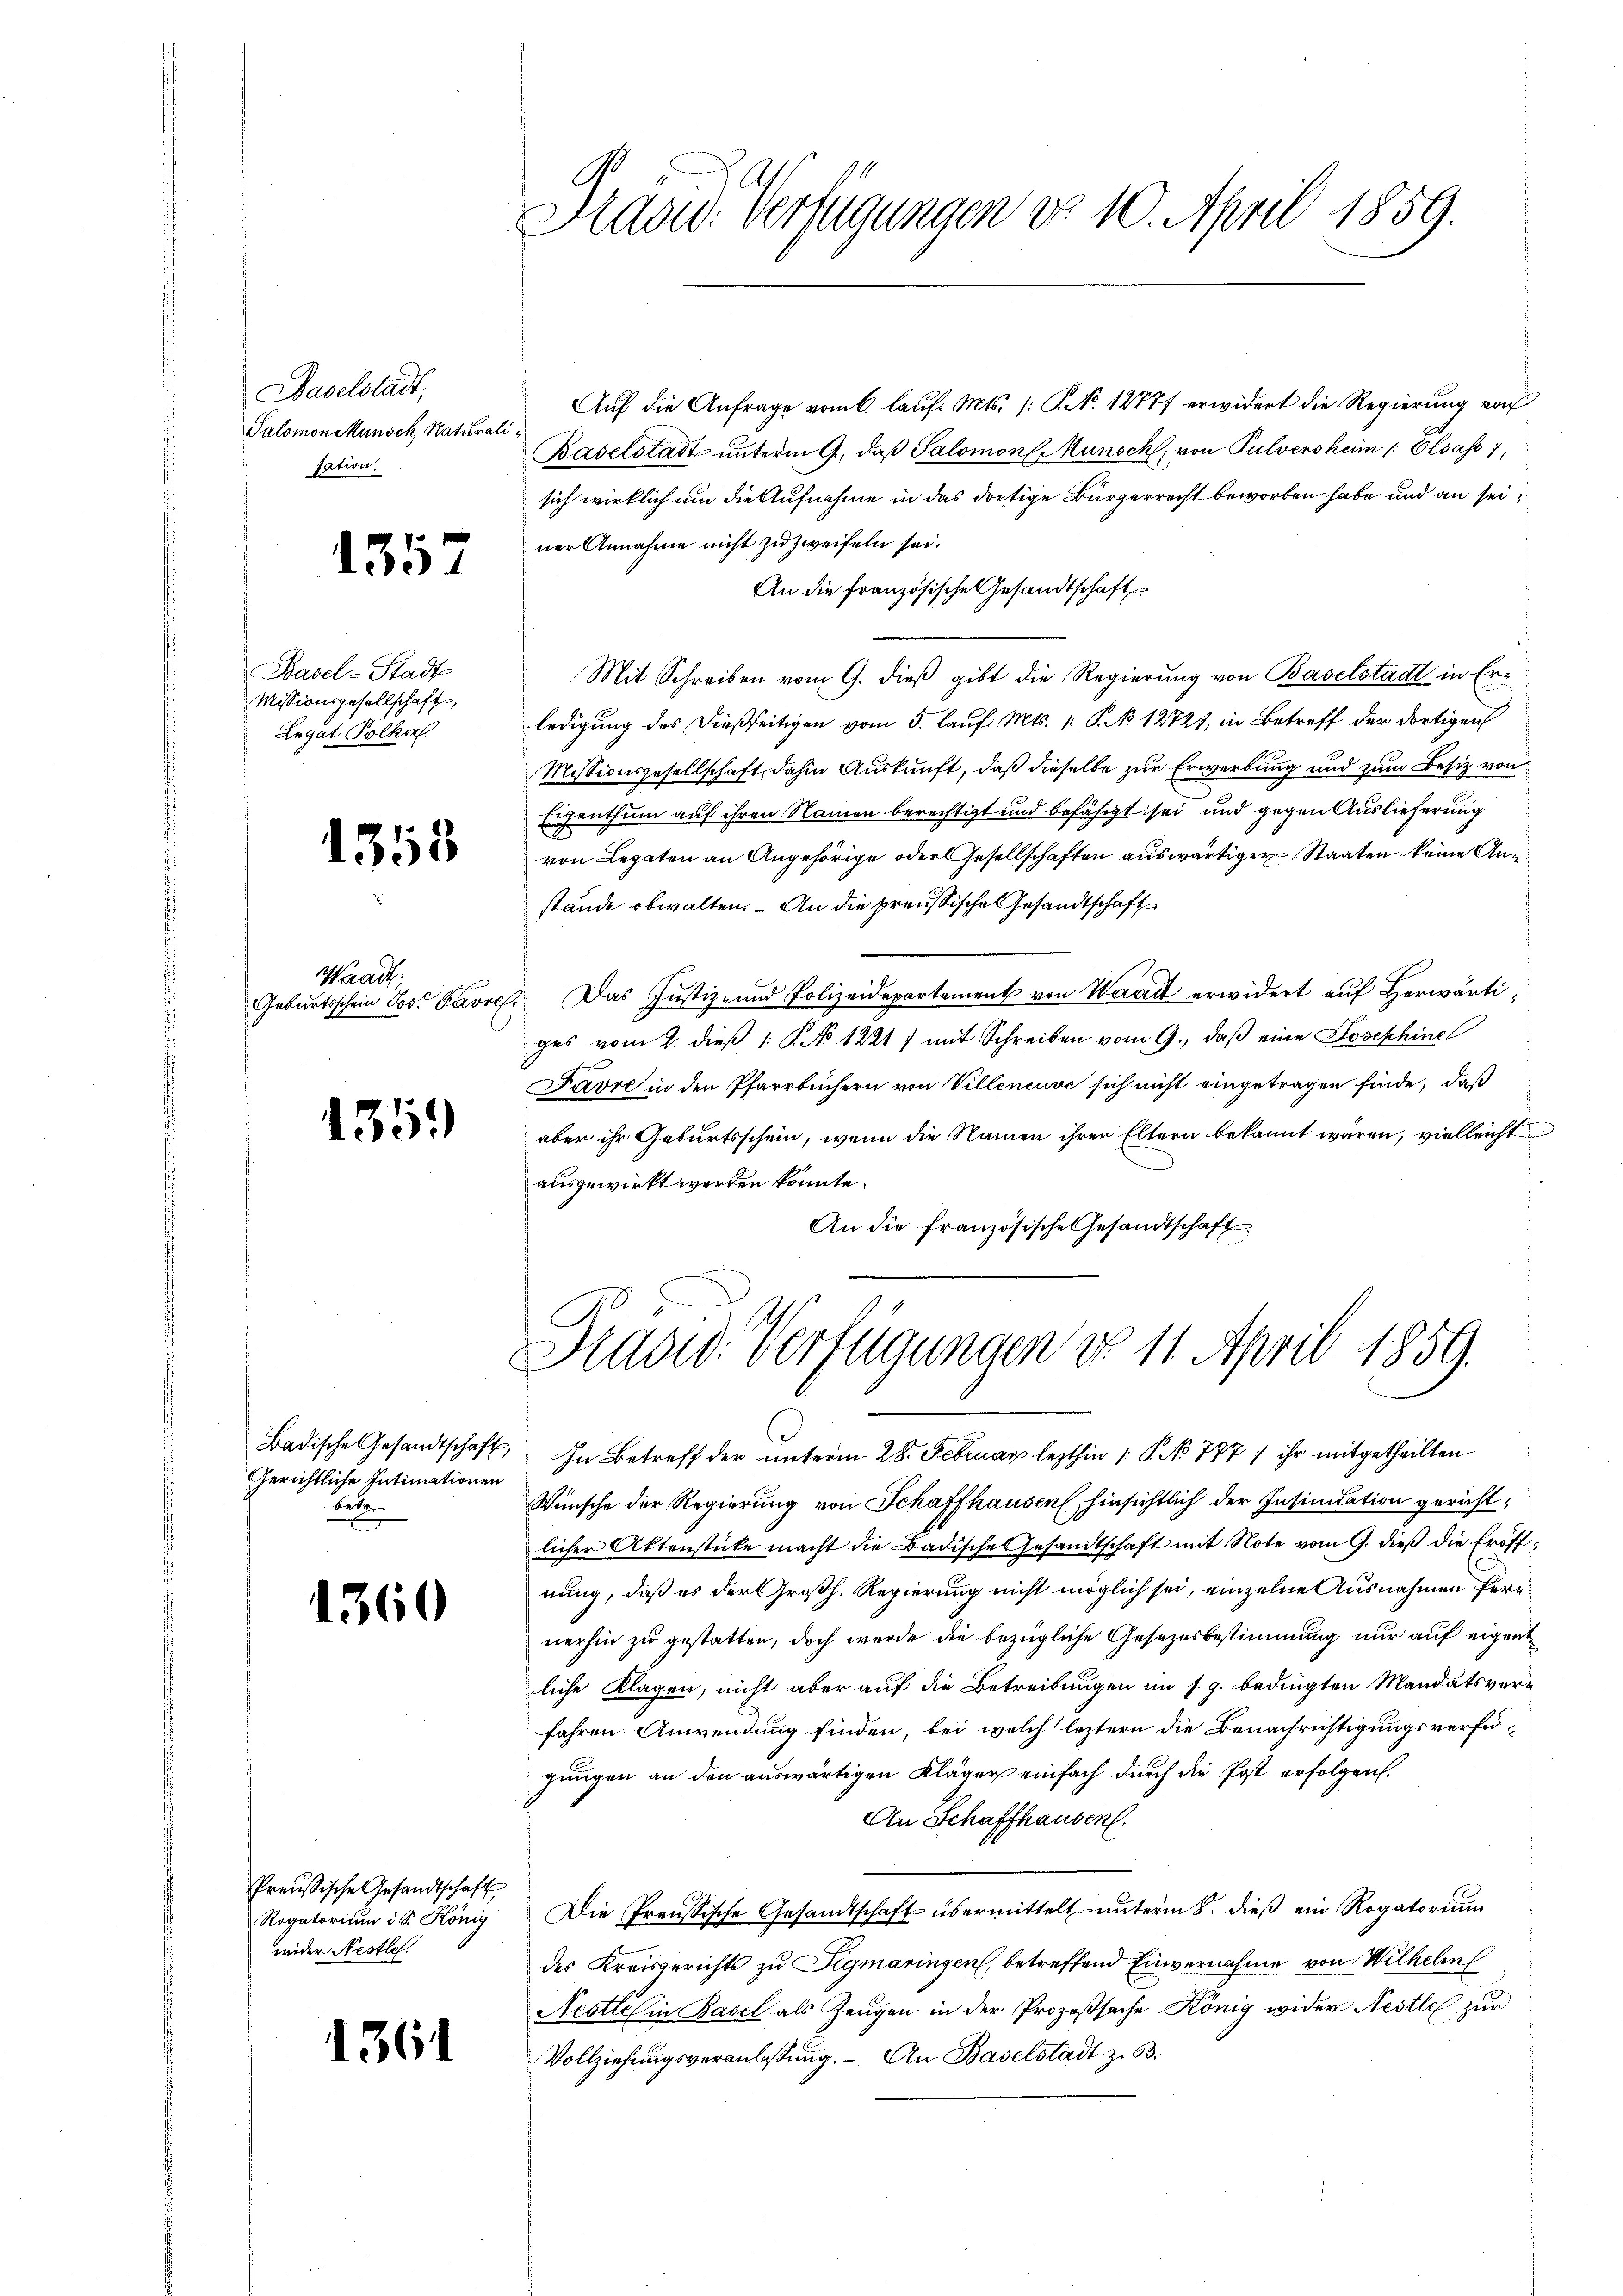
Haselstadt,
Salomon Munsch, Naturali
sation.

1357

Basel-Stadt
Missionsgesellschaft,
Legat Polkal.

1358

Waadt
Geburtsschein Jos. Pavre

135.

Badische Gesandtschaft
Gerichtliche Intimationen
Bebe

1360

Preußische Gesandtschaft
Rogatorium d. S. König
wider Nestle.

1361

Aaad: Verfügungen do. 10. April 1859.

Auf die Anfrage vom 6. Lauf. Mts. 1. No. 12777 erwidert die Regierung vor
Baselstadt unterm 9. daß Salomon Munsch, von Pulversheim /: Elsass 1,
sich wirklich um die Aufnahme in das dortige Bürgerrecht beworben habe und an seiner Annahme nicht zu zweifeln sei.
An die französische Gesandtschaft
Mit Schreiben vom 9. dieß gibt die Regierung von Baselstadt in Erledigung des dießseitigen vom 5. lauf. Mts. 1. P. No 12721, in Betreff der dortigen
Missionsgesellschaft, dahin Auskunft, daß dieselbe zur Erwerbung und zum Besitz von
Eigenthum auf ihren Namen berechtigt und befäscht sei und gegen Auslieferung
von Legaten an Angehörige oder Gesellschaften auswärtigen Staaten keine Anstände obwalten. – An die preußische Gesandtschaft
Das Justiz- und Polizeidepartement von Waadt erwidert auf Herwärtiges vom 2. dieß 1. No 12217 mit Schreiben vom 9., daß eine Josephine
Favre in den Pfarrbüchern von Villeneuve sich nicht eingetragen finde, daß
aber ihr Geburtsschein, wenn die Namen ihrer Eltern bekannt waren, vielleicht
ausgewirkt werden könnte.
An die französische Gesandtschaft

Hradid. Verfügungen No 11. April 1859.

6) In Betreff der unterm 28. Februar lezthin 1 S. No 777 ) ihr mitgetheilten
Wünsche der Regierung von Schaffhausen, hinsichtlich der Insinitation gerichtlicher Aktenstücke macht die Badische Gesandtschaft mit Note vom 9. dieß die Eröff
nung, daß es der Großh. Regierung nicht möglich sei, einzelne Ausnahmen fernnerhin zu gestatten, doch werde die bezügliche Gesetzesbestimmung nur auf eigentliche Klagen, nicht aber auf die Betreibungen im s. g. bedingten Mandatsverfahren Anwendung finden, bei welch leztern die Benachrichtigungsverfügungen an den auswärtigen Kläger einfach durch die Post erfolgen.
An Schaffhausen.
Die Preussische Gesandtschaft übermittelt unterm 8. dieß ein Rogatorium
des Kreisgerichts zu Sigmaringen, betreffend Einvernahme von Wilhelm
Nestle in Basel als Zeugen in der Prozeßsache König wider Nestle, zur
Vollziehŭngsveranlassŭng. An Baselstadt z. B.